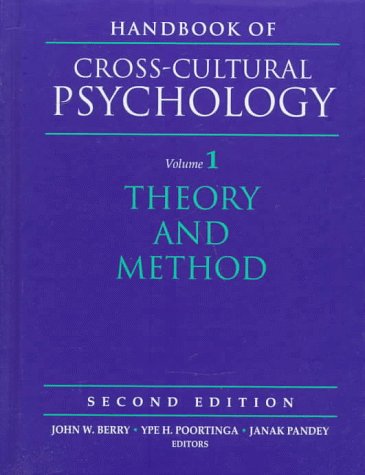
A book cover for Handbook of Cross-Cultural Psychology, Volume 1: Theory and Method (2nd Edition); Medical Books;